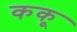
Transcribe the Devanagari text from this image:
ककू